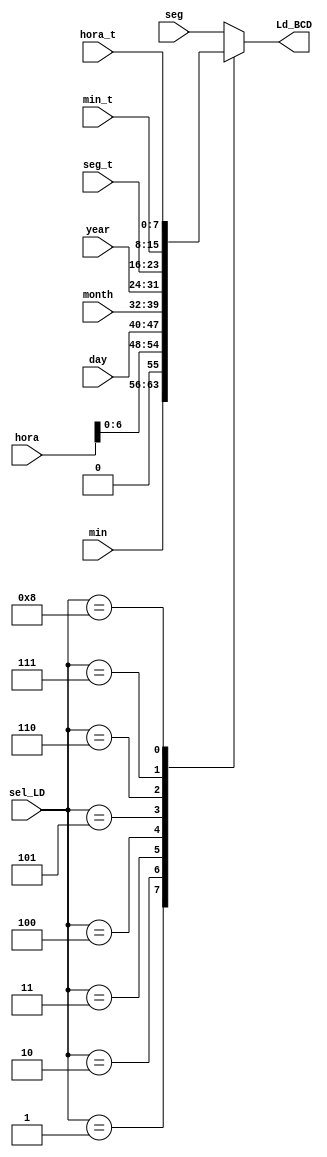
`timescale 1ns / 1ps
//////////////////////////////////////////////////////////////////////////////////
// Company: 
// 
// Design Name: 
// Module Name:    mux_LD_contador 
// Project Name: 
// Target Devices: 
// Tool versions: 
// Description: 
//
// Dependencies: 
//
// Revision: 
// Revision 0.01 - File Created
// Additional Comments: 
//
//////////////////////////////////////////////////////////////////////////////////
module mux_LD_contador(
   input [7:0] seg,min,day,month,year,seg_t,min_t,hora_t,
	input [7:0] hora,
	input [3:0] sel_LD,
	output reg [7:0] Ld_BCD
    );

always @*
	case (sel_LD)
		4'b0000: Ld_BCD = seg;
		4'b0001: Ld_BCD = min;
		4'b0010: Ld_BCD= {1'b0,hora[6:0]};
		4'b0011: Ld_BCD = day;
		4'b0100: Ld_BCD = month;
		4'b0101: Ld_BCD = year;
		4'b0110: Ld_BCD = seg_t;
		4'b0111: Ld_BCD = min_t;
		4'b1000: Ld_BCD = hora_t;
		default: Ld_BCD = seg;
	endcase

endmodule